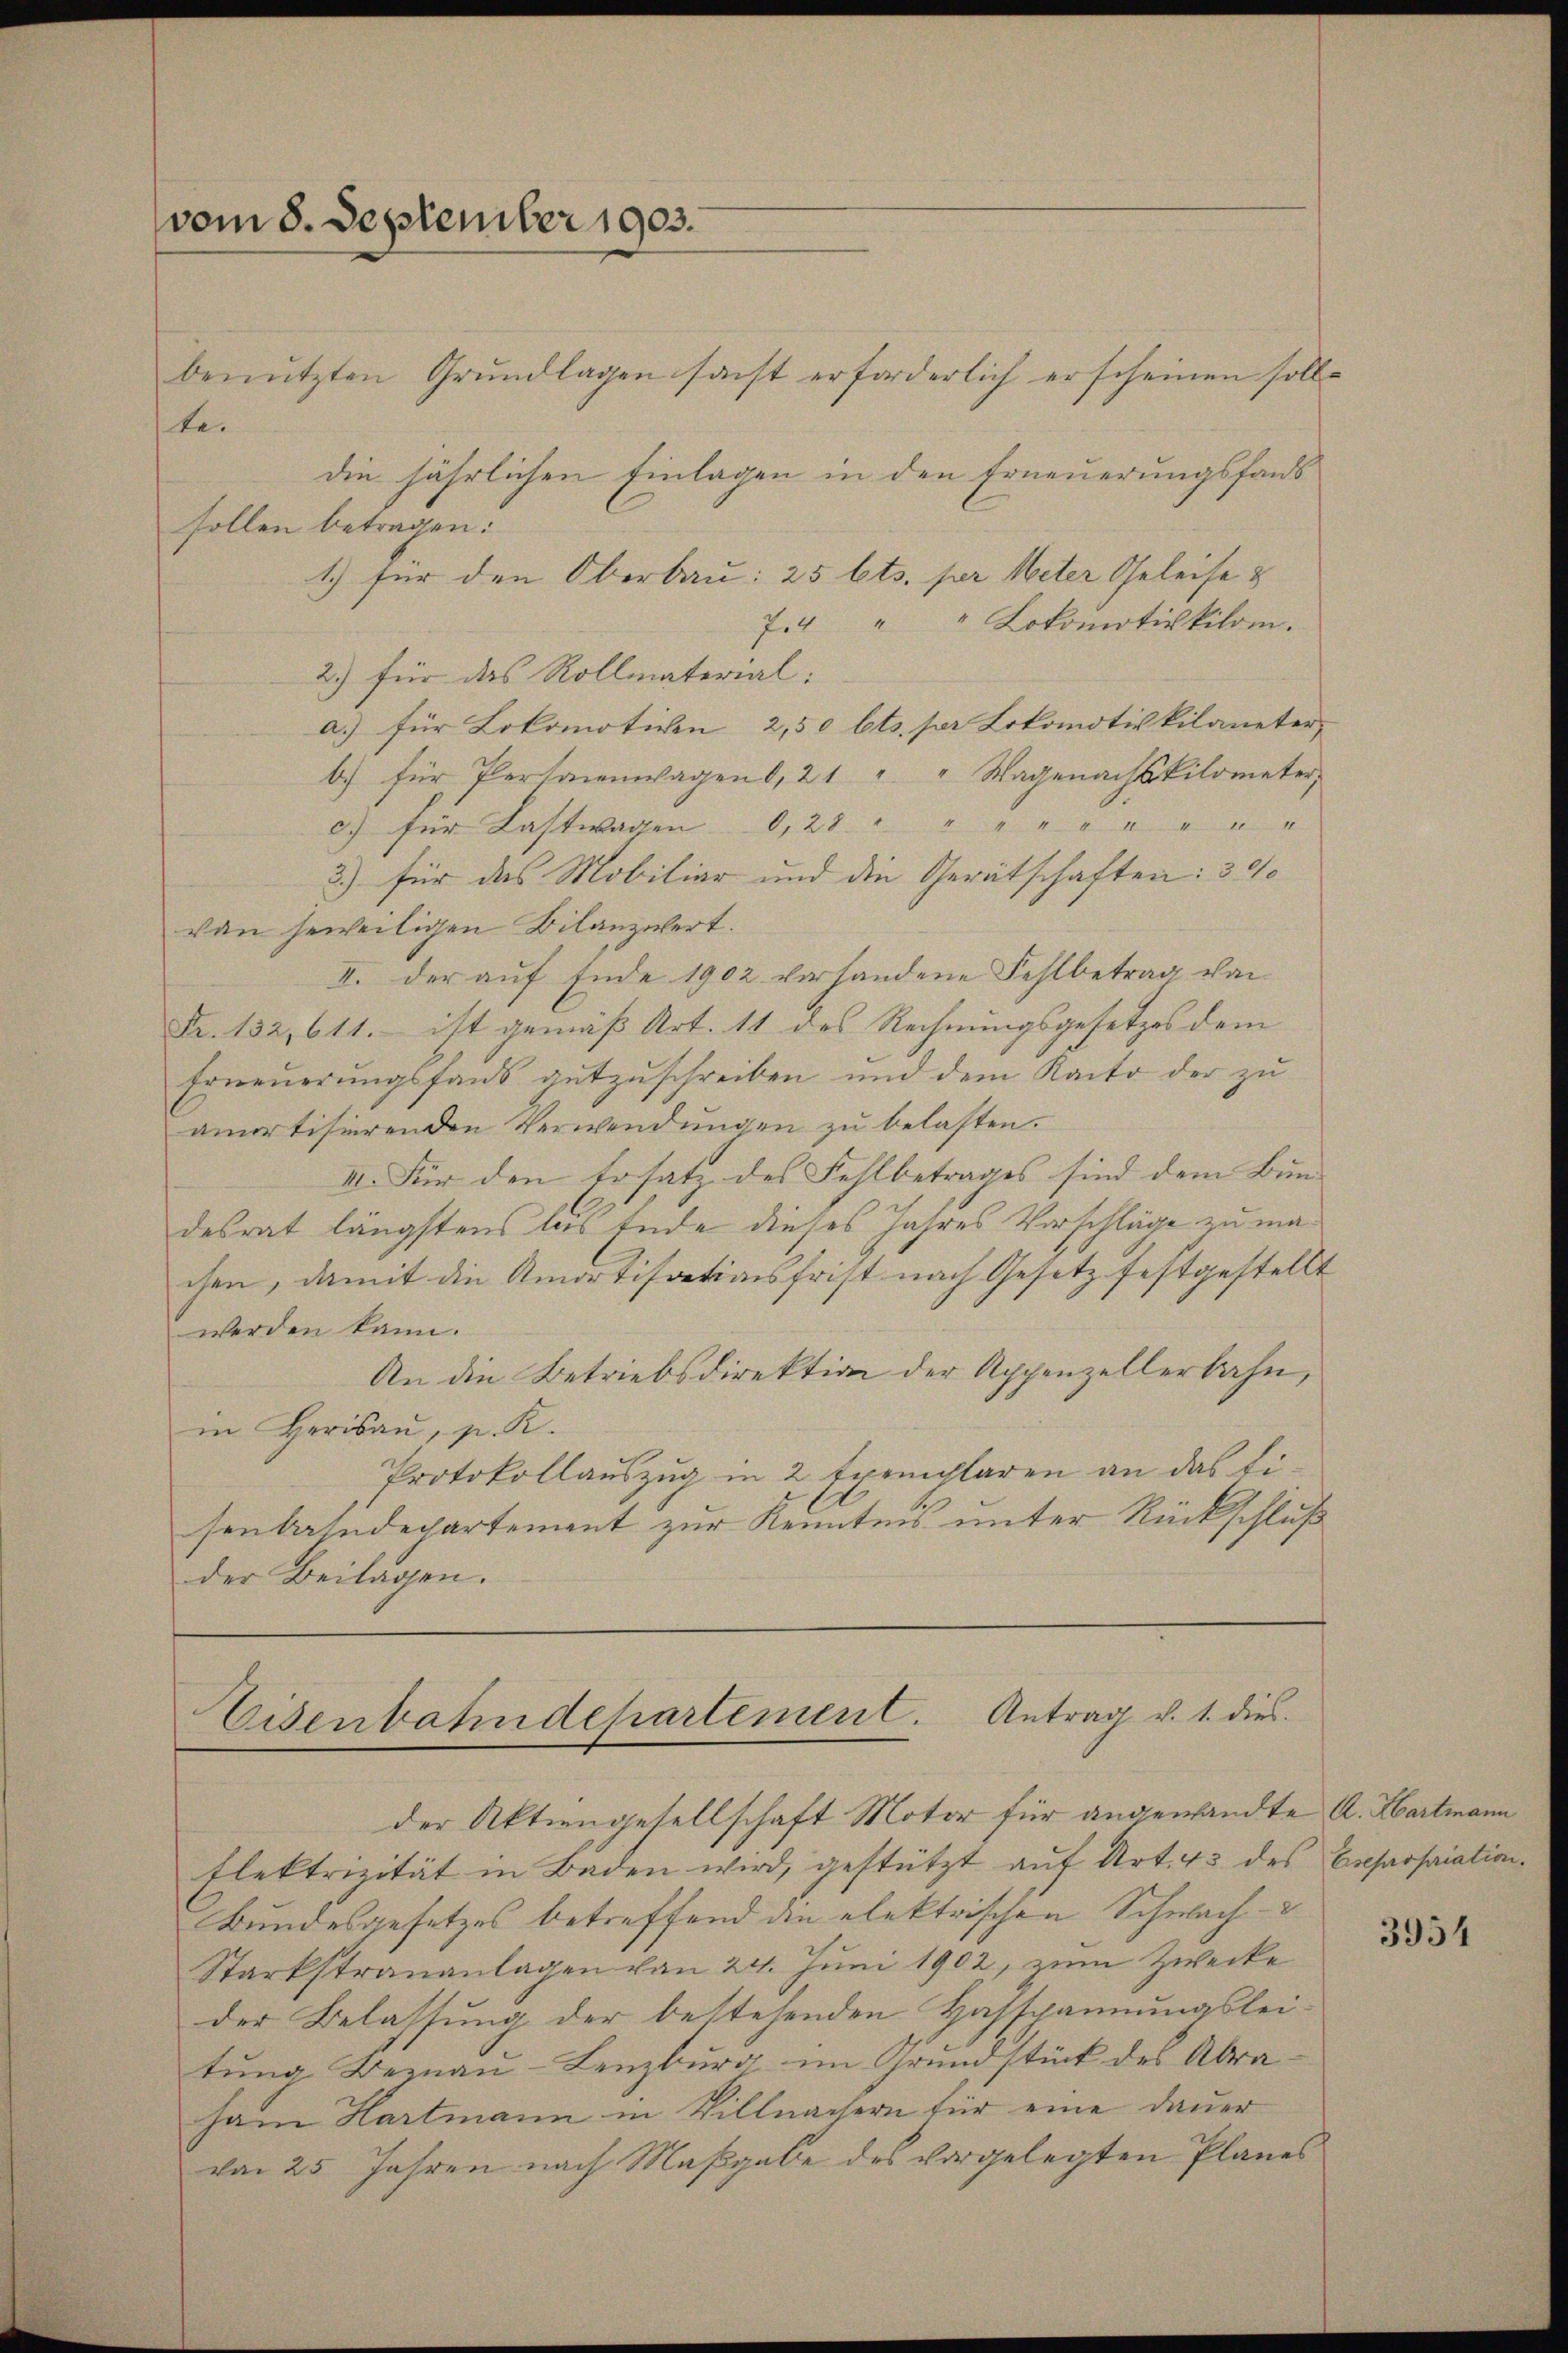
vom 8. September 1903.

benützten Grŭndlagen sacht erforderlich erscheinen soll.
te.
die jährlichen Einlagen in den Erneuerungsfans
sollen betragen:
1.) für den Oberbau: 25 Cts. per Meter Geleise &
7. " " Lokomotivkilom.
2.) für das Rollmateriala.) für Lokomotiven 2,50 Cts. pr Lokomotiv kilaneter
b) für Personenwagen, 21 " " Wagenachskilometer,
c) für Kastwagen 0,28 " " " " " " " " "
2.) für das Mobiliar und die Gerätschaften: 300
von jeweiligen Bilanzwert.
II. der auf Ende 1902 vorhandene Fehlbetrag von
Fr. 132, 611. ist gemäß Art. 11 des Rechnungsgesetzes dem
Erneuerungsfand gutzuschreiben und dem Kanto der zu
amortisierenden Verwendŭngen zŭ belasten.
III. Für den Ersatz des Fehlbetrages sind dem Bundesrat längstens las Ende dieses Jahres Vorschläge zu machen, damit die Amortisationsfrist nach Gesetz festgestellt
werden kann.
An die Betriebsdirektion der Appenzellerbahn,
in Herisau, p. K.
Protokollauszug in 2 Exemplaren an das Eisenbahndepartement zur Kenntnis unter Rückschluß
der Beilagen.

d
Eisenbahndepartement. Antrag v. 1. dies

der Aktiengesellschaft Motor für angewandte A. Hartmann
flektrizität in Baden wird, gestützt auf Art. 43 des Ereparfaiation¬
Bundesgesetzes betreffend die elektrischen Schwach-
Starkstrauanlagen von 24. Juni 1902, zum Zwecke
der Belassung der bestehenden Hasspannungsleitŭng Beznaŭ-Lenzburg im Grundstück des Abra-
ham Hartmann in Villnachern für eine Dauer
von 25 Jahren nach Maßgabe des vorgelegten Planes

3954